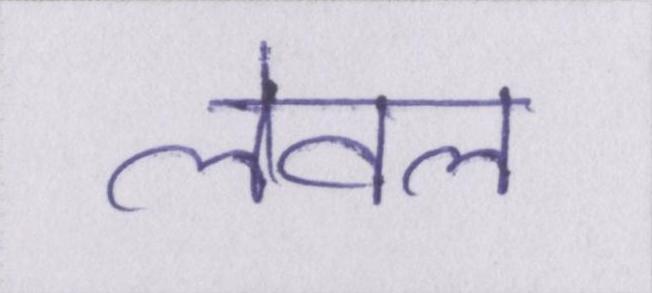
लेवल